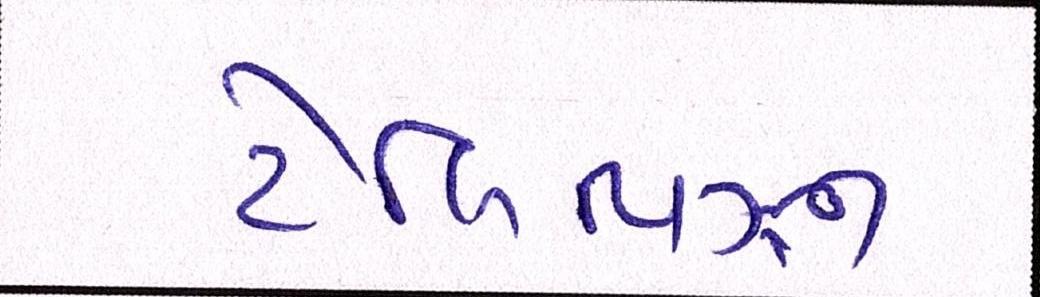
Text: ટેલિવિઝન